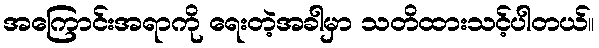
အကြောင်းအရာကို ရေးတဲ့အခါမှာ သတိထားသင့်ပါတယ်။